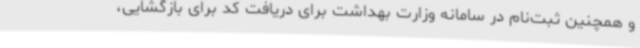
و همچنین ثبت‌نام در سامانه وزارت بهداشت برای دریافت کد برای بازگشایی،